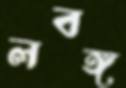
লবঙ্গ